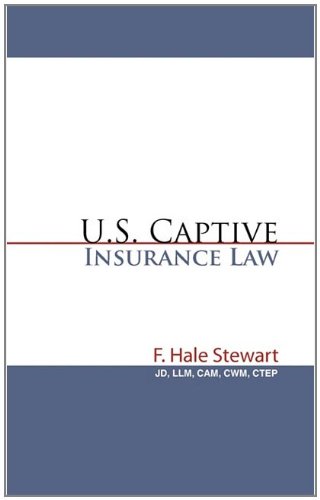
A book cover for U.S. Captive Insurance Law; JDLLM CAMCWMCTEP F. Hale Stewart; Business & Money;